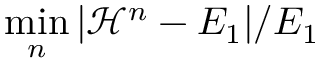
\operatorname* { m i n } _ { n } | \mathcal H ^ { n } - E _ { 1 } | / E _ { 1 }